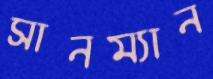
সানম্যান